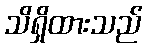
သိရှိထားသည်